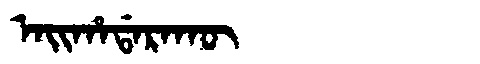
Manchu: ᠠᡳᡥᠠᡩᠠᡵᠠᡴᡡ
Romanization: AIHADARAKŪ